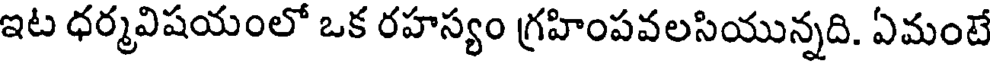
ఇట ధర్మవిషయంలో ఒక రహస్యం గ్రహింపవలసియున్నది. ఏమంటే